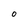
Character: 0